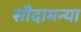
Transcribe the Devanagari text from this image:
सौदामन्या